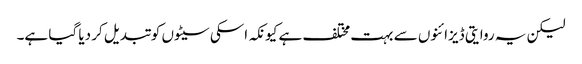
لیکن یہ روایتی ڈیزائنوں سے بہت مختلف ہے کیونکہ اسکی سیٹوں کو تبدیل کر دیا گیا ہے۔